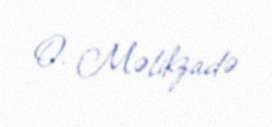
O. Məlikzadə